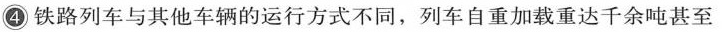
④铁路列车与其他车辆的运行方式不同，列车自重加载重达千余吨甚至